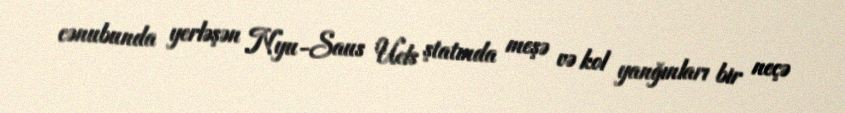
cənubunda yerləşən Nyu-Saus Uels ştatında meşə və kol yanğınları bir neçə